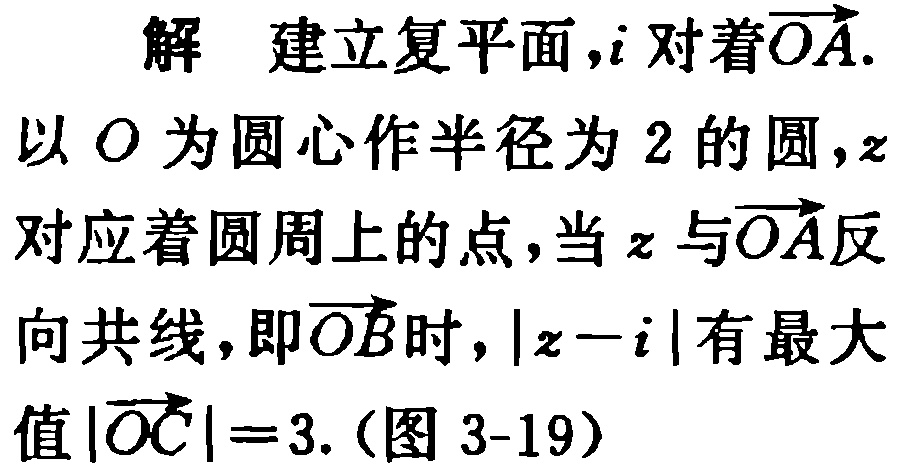
解 建立复平面，$i$ 对着$\overrightarrow{OA}$. 以 $O$ 为圆心作半径为 $2$ 的圆，$z$ 对应着圆周上的点，当 $z$ 与$\overrightarrow{OA}$反向共线，即$\overrightarrow{OB}$时，$|z - i|$ 有最大值$|\overrightarrow{OC}| = 3$.（图 3-19）